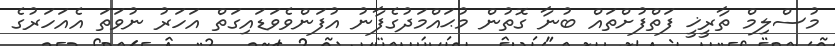
މުސްލިމް ތާރީޚީ ފަތްފުށްތައް ބުނާ ގޮތުން މުޙައްމަދުގެފާނު އުފަންވެވަޑައިގަތް އަހަރު ނުވަތަ އެއަހަރުގެ